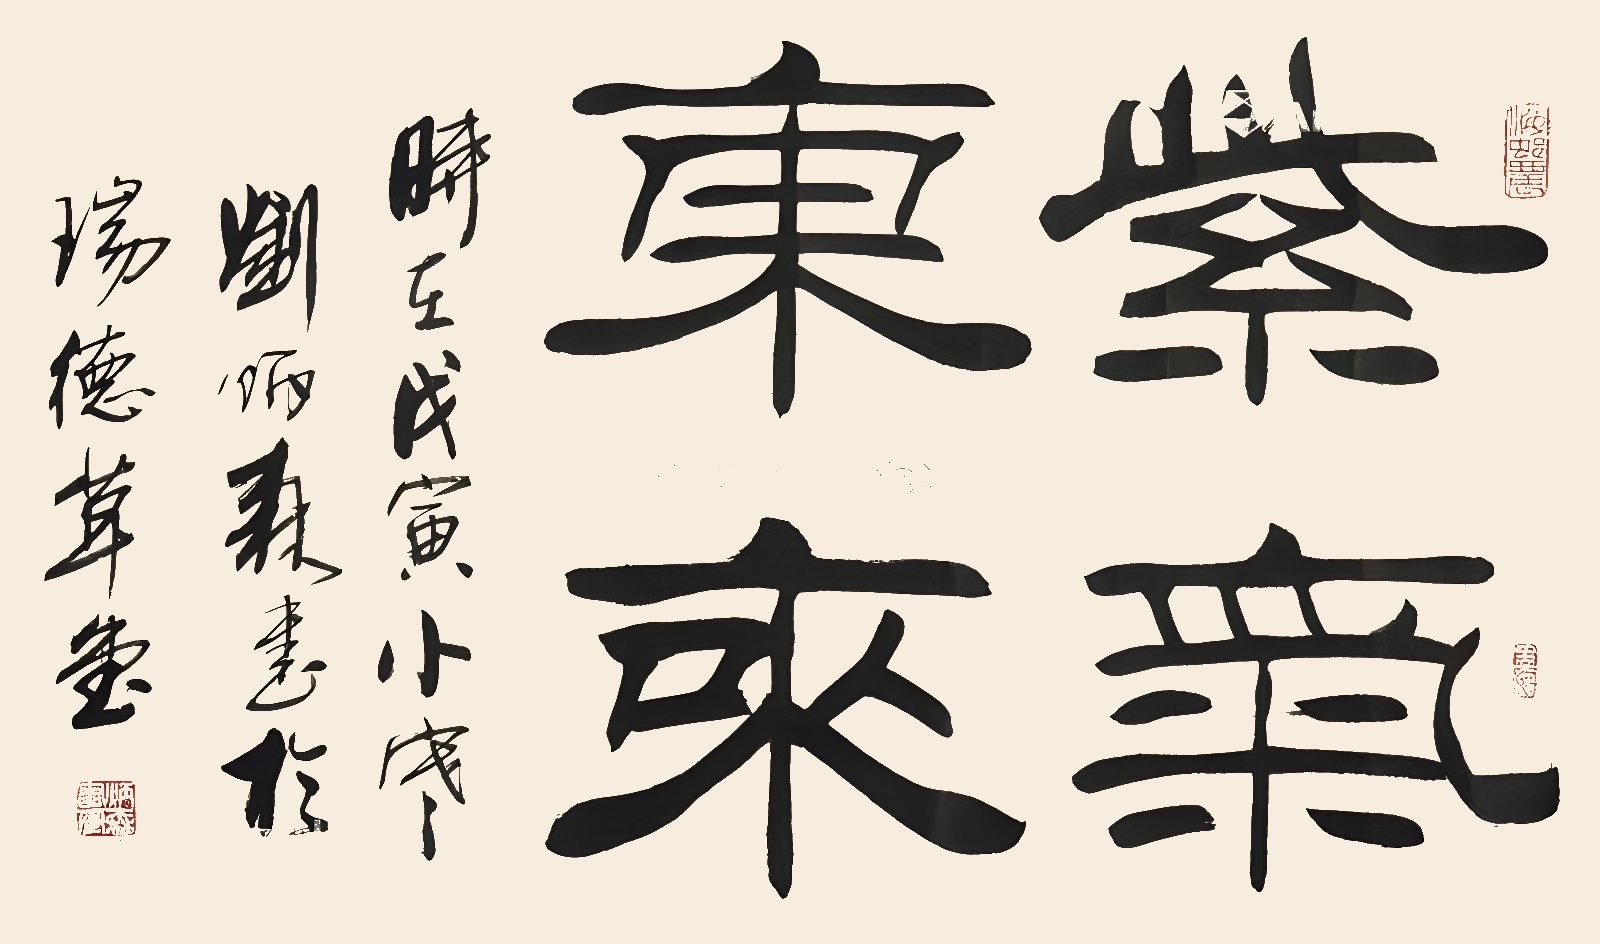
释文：紫气东来时在戊寅小寒，刘炳森书于瑞德草堂